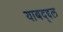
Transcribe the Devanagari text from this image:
याबद्द्दल